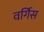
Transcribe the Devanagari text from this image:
वर्गिस